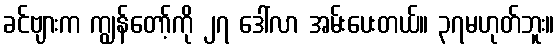
ခင်ဗျားက ကျွန်တော့်ကို ၂၇ ဒေါ်လာ အမ်းပေးတယ်။ ၃၇မဟုတ်ဘူး။